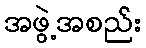
အဖွဲ့အစည်း